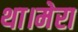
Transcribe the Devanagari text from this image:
था।मेरा